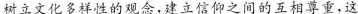
树立文化多样性的观念，建立信仰之间的互相尊重，这